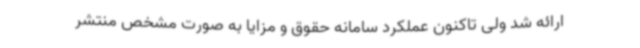
ارائه شد ولی تاکنون عملکرد سامانه حقوق و مزایا به صورت مشخص منتشر